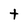
Character: t